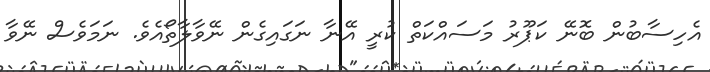
އެހިސާބުން ބޮނޭ ކަޕޫރު މަސައްކަތް ކުރީ އޭނާ ނަގައިގެން ނޭވާލާތޯއެވެ. ނަމަވެސް ނޭވާ